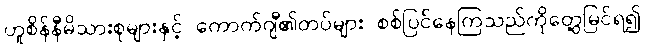
ဟူစိန်နီမိသားစုများနှင့် ကောက်ဂျီ၏တပ်များ စစ်ပြင်နေကြသည်ကိုတွေ့မြင်ရ၍